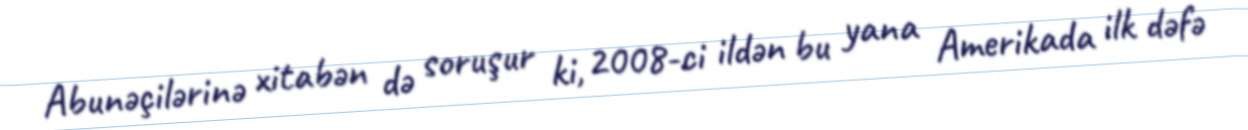
Abunəçilərinə xitabən də soruşur ki, 2008-ci ildən bu yana Amerikada ilk dəfə